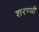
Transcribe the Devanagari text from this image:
शरण्यौ